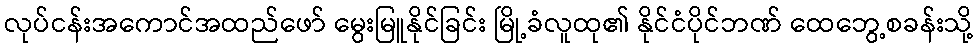
လုပ်ငန်းအကောင်အထည်ဖော် မွေးမြူနိုင်ခြင်း မြို့ခံလူထု၏ နိုင်ငံပိုင်ဘဏ် ထေဘွေ့စခန်းသို့